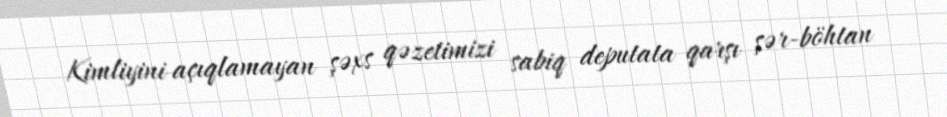
Kimliyini açıqlamayan şəxs qəzetimizi sabiq deputata qarşı şər-böhtan